Vital statistics of India. Vol. VI, European troops 1870-79
Year: 1870
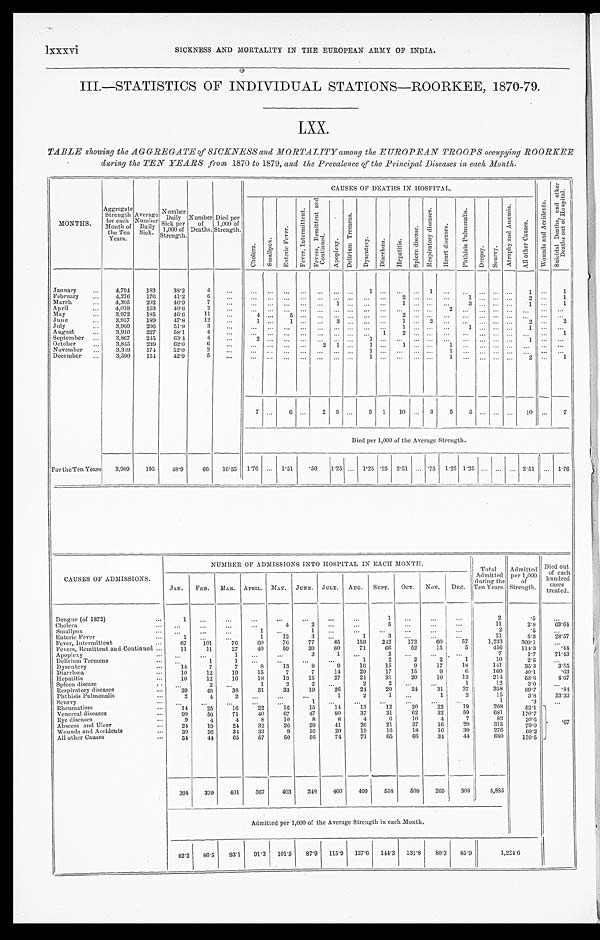
lxxxvi
SICKNESS AND MORTALITY IN THE EUROPEAN ARMY OF INDIA.
III.—STATISTICS OF INDIVIDUAL STATIONS—ROORKEE, 1870-79.
LXX.
TABLE showing the AGGREGATE of SICKNESS and MORTALITY among the EUROPEAN TROOPS occupying ROORKEE
daring the TEN YEARS from, 1870 to 1879, and the Prevalence of the Principal Diseases in each Month.
MONTHS.
Aggregate Strength
for each M o n t h o f
the Ten
Years.
Average
Number D a i l y
S i c k .
Number
Daily Sick per
1,000 of
Strength.
Number o f
Deaths.
Died per
1,000 of
Strength.
CAUS ES OF DEATHS I N HOS P I TAL.
W o u n d s a n d A c c i d e n t s .
S u i c i d a l D e a t h s a n d o t h e r
D e a t h s o u t o f H o s p i t a l .
C h o l e r a .
S m a l l p o x .
E n t e r i c F e v e r .
F e v e r , I n t e r m i t t e n t .
F e v e r s , R e m i t t e n t a n d
C o n t i n u e d . A p o p l e x y .
D e l i r i u m T r e m e n s .
D y s e n t e r y .
D i a r r h œ a .
H e p a t i t i s .
S p l e e n d i s e a s e .
R e s p i r a t o r y d i s e a s e s .
H e a r t d i s e a s e s .
P h t h i s i s P u l m o n a l i s . D r o p s y .
S c u r v y .
A t r o p h y a n d A n œ m i a .
A l l o t h e r C a u s e s .
January
4,794 183 38.2 4
1
1
1
1
February
4,276 176 41.2
6
2
1
2
1
March 4,305 202 46.9
7
1
1
3
1
1
April
4,019 163 40.6 2
1 2
1
May
3,972 185 46.6
1 1
4
5
2
June
3,957 189 47.8 12
1
1
3
1
2
2
2
J u l Y
3 , 9 6 9 206 51.9 3
1
1
1
A u g u s t 3,910 227 58.1 4
1
2
1
September
3 , 8 6 7 245 63.4
4
2
1
1
October
3 , 8 5 5 239 62.0 6
2 1
1
1
1
November
3 , 3 4 9 174 52.0 2
1
1
December
3,590 154 42.9 5
1
1
2
1
7
6
2 5
5 1 10
3 5 5
10
7
Died per 1,000 of the Average Strength.
For the Ten Years 3,989 195 48.9 66 16.55 1. 76
1.51 . 5 0
1 . 2 5
1 . 2 5 . 2 5 2 . 5 1 .75 1 . 2 5 1 . 2 5
2 . 5 1 1 . 7 6
NUMBER OF ADMISSIONS INTO HOSPITAL IN EACH MONTH.
Total
Admitted
during the
Ten Years.
Admitted per 1,000 of
Strength.
Died out
of each
hundred
cases
treated.
CAUSES OF ADMISSIONS. JAN. FEB. MAR. APRIL.
M A Y . JUNE. JULY. AUG. SEPT. OCT. Nov. DEC.
Dengue (of 1872)
1
1
2
.5
Cholera
4
2
5
11
2.8 6 3 . 6 4
Smallpox
1
1
2
.5
Enteric Fever
1
1 12
3
1
3
21
5.3 2 8 . 5 7
Fever, Intermittent
67 101 76
6 0 76 77 85 159 242 173 60 57
1,233 309.1
Fevers, Remittent and Continued
11 11 27 40 59 39 60 71 66 52 15
5
456 114.3
.44
Apoplexy
1
3
1
2
7
1.7 7 1 . 4 3
Delirium Tremens
1
1
1
2
2
2
1
10
2.5
Dysentery
14
7
7
8 13
8
9 16 15
9 17
1 8
141
35.3 3 . 5 5
Diarrhœa
10 12 19 15
7
7 14 29 17
1 5 9
6
160
40.1
.63
Hepatitis
10 12 16 18 19 15 27 24 31 20 10
1 2
214
53.6 4 . 6 7
Spleen disease
2
1
2
2
2
2
1
1 2
3.0
Respiratory diseases
39 46 38 31 33 19 26 24 20 24 31
2 7
3 5 8 89.7
. 8 4
Phthisis Pulmonalis
2
4
2
1
2
1
1
2
15
3.8 3 3 . 3 3
Scurvy
1
1
. 3
Rheumatism
14
2 5
1 6
2 2
1 6
1 5 14
1 3
1 2 20
2 2 19
208
52.1
Venereal diseases
99 56 71 40 67 47
8 0 37 31 62 32
5 9
681 170.7
Eye diseases
9
4
4
8 10
8
8
4
6 10
4
7
82
20.6
. 6 7
Abscess and Ulcer
24 19 24 32 26 29 41 26 21 37 16 20
315
79.0
Wounds and Accidents
39 26 34 33
9 16 20 19 16 18 16 30
276
69.2
All other Causes
54
4 4
65
5 7
50
56 74 71 65 66 34 44
680 170.5
394 370 401 367 403 348 460 499 558 508 269 308 4,885
Admitted per 1,000 of the Average Strength in each Month.
82.2 86.5 93.1 91.3 101.5 87.9 115.9 127.6 144.3 131.8 80.3 85.9
1 , 2 2 4 . 6